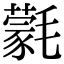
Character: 氋